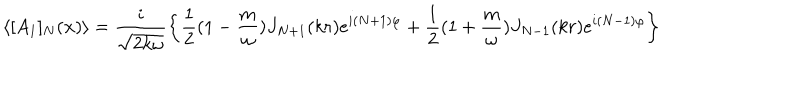
\langle [ A _ { 1 } ] _ { N } ( { \bf x } ) \rangle = \frac { i } { \sqrt { 2 k \omega } } \left\{ \frac { 1 } { 2 } ( 1 - \frac { m } { \omega } ) J _ { N + 1 } ( k r ) e ^ { i ( N + 1 ) \varphi } + \frac { 1 } { 2 } ( 1 + \frac { m } { \omega } ) J _ { N - 1 } ( k r ) e ^ { i ( N - 1 ) \varphi } \right\}